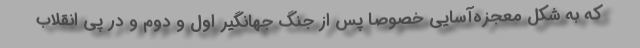
که به شکل معجزه‌آسایی خصوصا پس از جنگ جهانگیر اول و دوم و در پی انقلاب